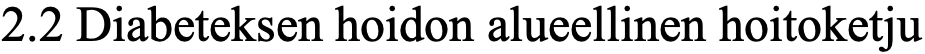
2.2 Diabeteksen hoidon alueellinen hoitoketju